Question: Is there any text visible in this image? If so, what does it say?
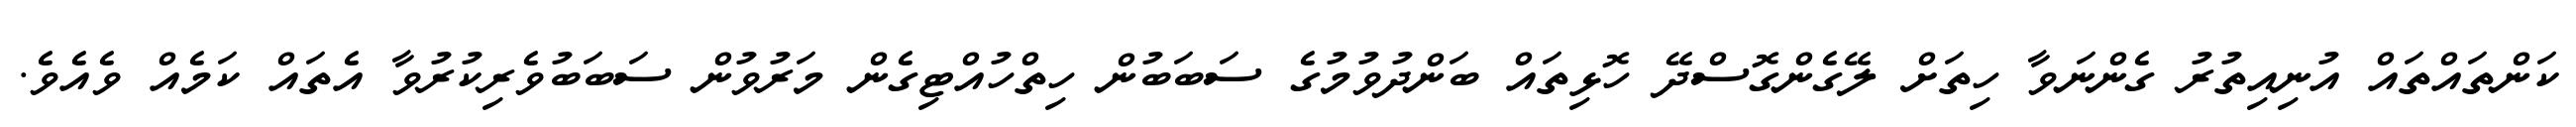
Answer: ކަންތައްތައް އުނިއިތުރު ގެންނަވާ ހިތަށް ލޭގެންގޮސްދޭ ހޮޅިތައް ބަންދުވުމުގެ ސަބަބުން ހިތްހުއްޓިގެން މަރުވުން ސަބަބުވެރިކުރުވާ އެތައް ކަމެއް ވެއެވެ.